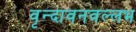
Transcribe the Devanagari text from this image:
वृन्दावनवल्लभ